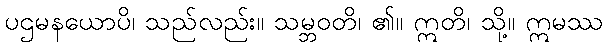
ပဌမနယောပိ၊ သည်လည်း။ သမ္ဘဝတိ၊ ၏။ ဣတိ၊ သို့။ ဣမဿ